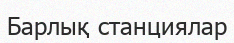
Барлық станциялар